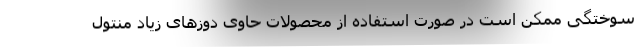
سوختگی ممکن است در صورت استفاده از محصولات حاوی دوزهای زیاد منتول